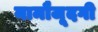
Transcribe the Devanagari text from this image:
नामौजूदगी